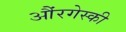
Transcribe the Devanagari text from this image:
औंरगेस्की